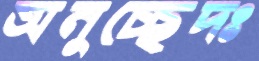
অনুচ্ছেদঃ